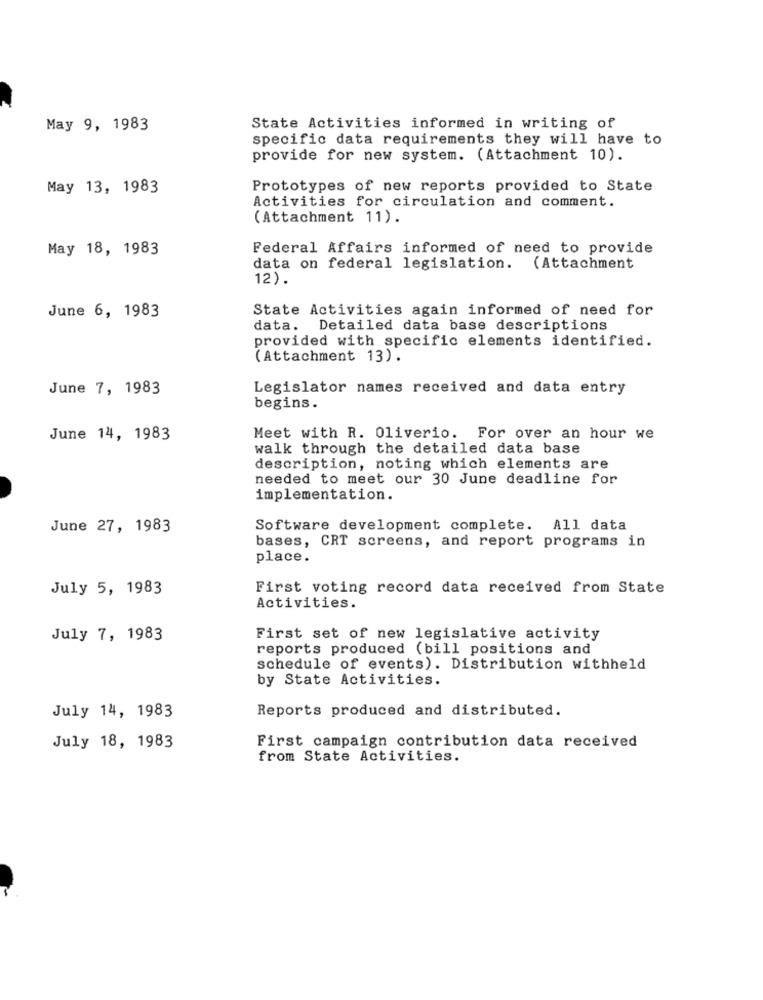
May 9, 1983
State Activities informed in writing of
specific data requirements they will have to
provide for new system. (Attachment 10).
May 13, 1983
Prototypes of new reports provided to State
Activities for circulation and comment.
(Attachment 11).
May 18, 1983
Federal Affairs informed of need to provide
data on federal legislation. (Attachment
12).
June 6, 1983
State Activities again informed of need for
data. Detailed data base descriptions
provided with specific elements identified.
(Attachment 13).
June 7, 1983
Legislator names received and data entry
begins.
June 14, 1983
Meet with R. Oliverio. For over an hour we
walk through the detailed data base
description, noting which elements are
needed to meet our 30 June deadline for
implementation.
June 27, 1983
Software development complete. All data
bases, CRT screens, and report programs in
place.
July 5, 1983
First voting record data received from State
Activities.
July 7, 1983
First set of new legislative activity
reports produced (bill positions and
schedule of events). Distribution withheld
by State Activities.
Reports produced and distributed.
July 14, 1983
July 18, 1983
First campaign contribution data received
from State Activities.